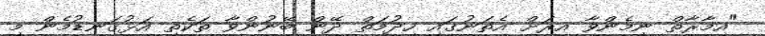
"އިމާރާތް ނިމެންވާ އިރަށް އެތަނުގައި ހިދުމަތް ދޭން ބޭނުންވާ ތަކެތި އަޅުގަނޑުމެން މި